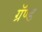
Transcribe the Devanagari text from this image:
ग्रॅण्ड